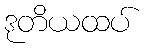
ဒုတိယထပ်